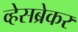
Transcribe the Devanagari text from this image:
व्हेसब्रेकर